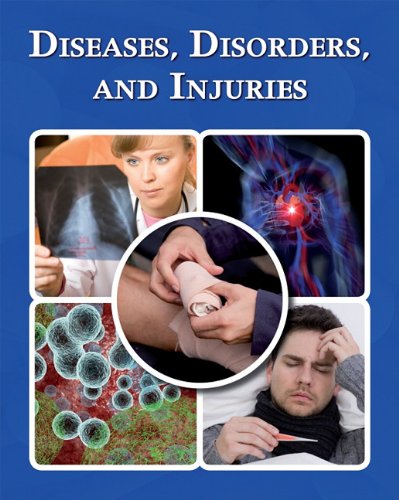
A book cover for Diseases, Disorders, and Injuries; Health, Fitness & Dieting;